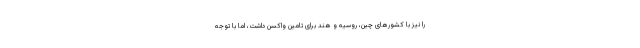
را نیز با کشورهای چین، روسیه و هند برای تامین واکسن داشت، اما با توجه